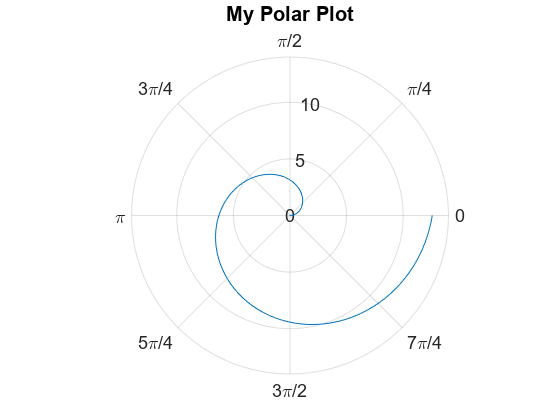
matlab, figure, polarplot